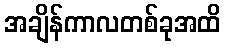
အချိန်ကာလတစ်ခုအထိ